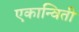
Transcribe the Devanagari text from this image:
एकान्विती